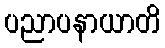
ပညာပနာယာတိ